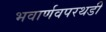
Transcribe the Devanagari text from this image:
भवार्णवपरथडी